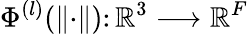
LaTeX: \Phi^{(l)}(\lVert\cdot\rVert)\colon{\mathbb{R}}^{3}\longrightarrow{\mathbb{R}}^{F}